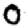
Digit: 0